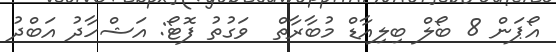
އޯޕަން 8 ބޯލް ބިލިއާޑް މުބާރާތް  ވަގުތު ފޮޓޯ: އަޝްހާދު އަބްދު